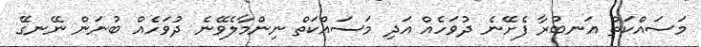
މަސައްކަތް އަނބުރާ ފެށޭނެ ދުވަހެއް އަދި މަސައްކަތް ނިންމާލެވޭނެ ދުވަހެއް ބުނަން ނޭނގޭ